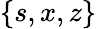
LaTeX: \{ s,x,z\}